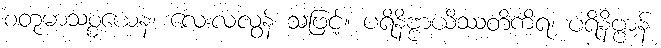
စတုမာသစ္စယေန၊ လေးလလွန် သဖြင့်။ ပရိနိဗ္ဗာယိဿတိကိရ၊ ပရိနိဗ္ဗာန်